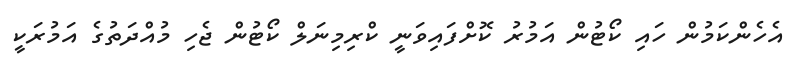
އެހެންކަމުން ހައި ކޯޓުން އަމުރު ކޮށްފައިވަނީ ކްރިމިނަލް ކޯޓުން ޖެހި މުއްދަތުގެ އަމުރަކީ